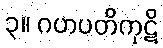
၃။ ဂဟပတိကုဋိ